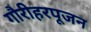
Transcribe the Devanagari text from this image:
गौरीहरपूजन